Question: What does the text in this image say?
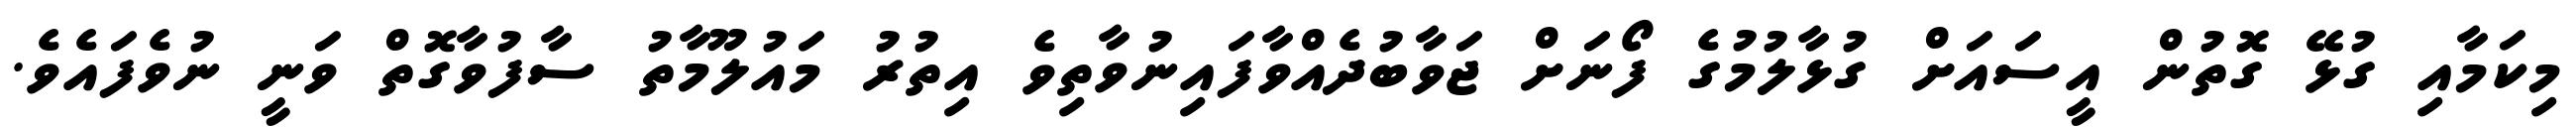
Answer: މިކަމާއި ގުޅޭ ގޮތުން އީސައަށް ގުޅާލުމުގެ ފޯނަށް ޖަވާބުދެއްވާފައިނުވާތިވެ އިތުރު މައުލޫމާތު ސާފުވާގޮތް ވަނީ ނުވެފައެވެ.